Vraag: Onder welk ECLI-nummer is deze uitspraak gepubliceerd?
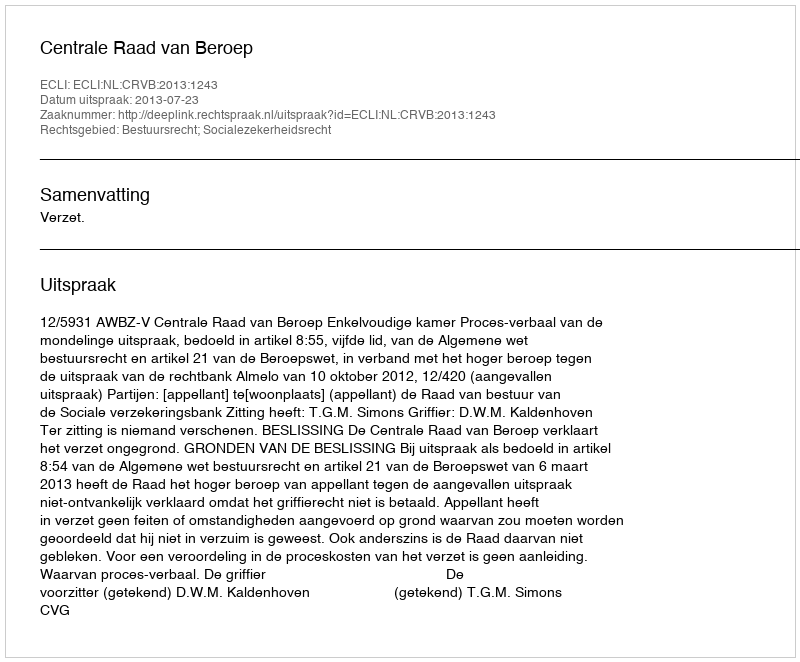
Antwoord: ECLI:NL:CRVB:2013:1243